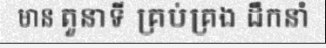
មាន តួនាទី គ្រប់គ្រង ដឹកនាំ